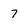
Character: 7